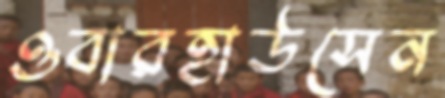
ওবারহাউসেন